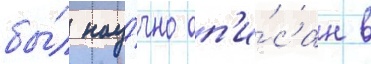
бы́л нау́чно оп'и́сан в